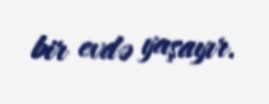
bir evdə yaşayır.